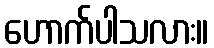
ဟောက်ပါသလား။